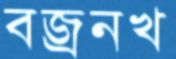
বজ্রনখ